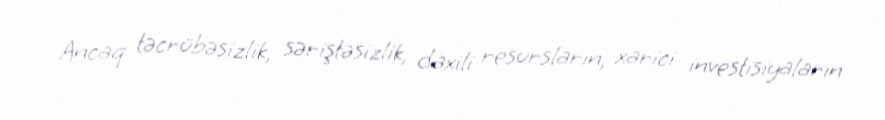
Ancaq təcrübəsizlik, səriştəsizlik, daxili resursların, xarici investisiyaların